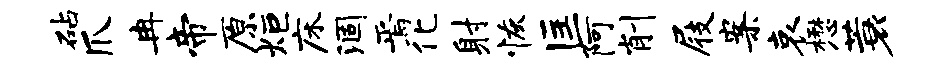
砧爪冉帝原炬床涸焉化射恢匡阿削屐案哀懋蓑